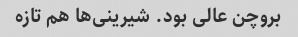
بروچن عالی بود. شیرینی‌ها هم تازه